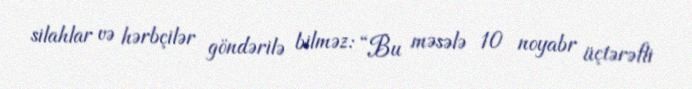
silahlar və hərbçilər göndərilə bilməz: “Bu məsələ 10 noyabr üçtərəfli